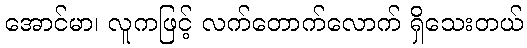
အောင်မာ၊ လူကဖြင့် လက်တောက်လောက် ရှိသေးတယ်